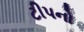
ટીપનો